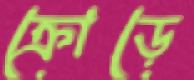
ক্রোড়ে